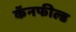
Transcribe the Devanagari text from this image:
कॅनफील्ड